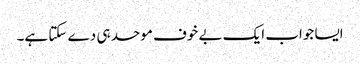
ایسا جواب ایک بے خوف موحد ہی دے سکتا ہے۔